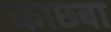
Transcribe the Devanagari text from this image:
काछबा